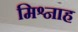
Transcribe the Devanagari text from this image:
मिश्नाह